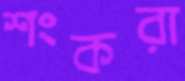
শংকরা